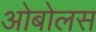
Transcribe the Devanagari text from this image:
ओबोलस